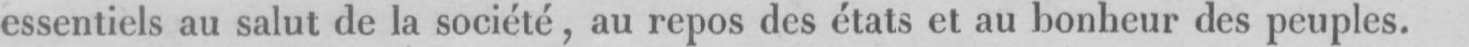
essentiels au salut de la société, au repos des états et au bonheur des peuples.